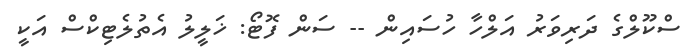
ސްކޫލްގެ ދަރިވަރު އަލްހާ ހުސައިން -- ސަން ފޮޓޯ: ޚަލީލު އެތުލެޓިކްސް އަކީ